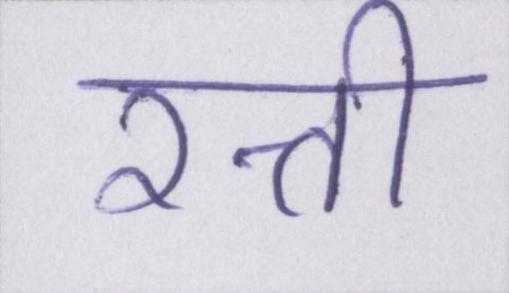
रत्ती